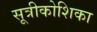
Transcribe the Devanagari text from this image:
सूत्रीकोशिका